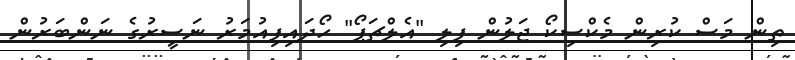
ތިން މަސް ކުރިން މެކްސިކޯ ޖަލުން ފިލި "އެލްޗަޕޯ" ހޯދައިފިއުމަރު ނަސީރުގެ ނަންބަރުން